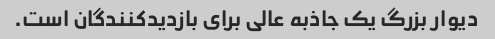
دیوار بزرگ یک جاذبه عالی برای بازدیدکنندگان است.